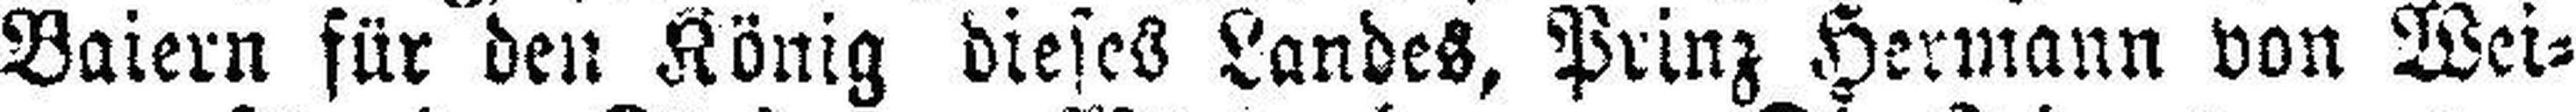
Baiern für den König dieses Landes, Prinz Hermann von Wei¬